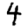
Digit: 4